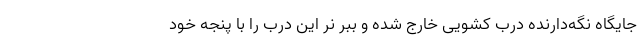
جایگاه نگه‌دارنده درب کشویی خارج شده و ببر نر این درب را با پنجه خود